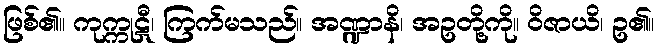
ဖြစ်၏။ ကုက္ကုဋီ၊ ကြက်မသည်။ အဏ္ဍာနိ၊ အဥတို့ကို။ ဝိဇာယိ၊ ဥ၏။